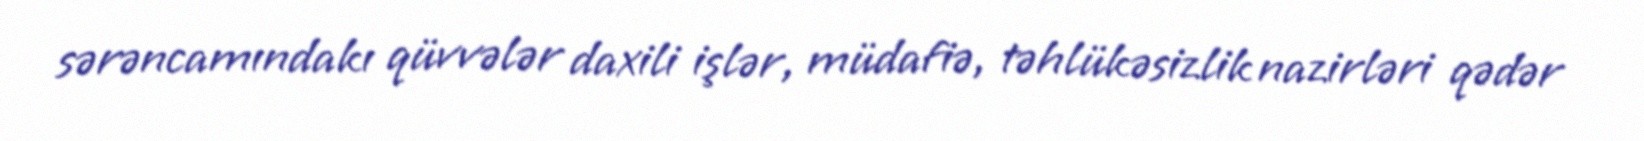
sərəncamındakı qüvvələr daxili işlər, müdafiə, təhlükəsizlik nazirləri qədər